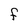
Character: F